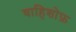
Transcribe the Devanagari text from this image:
वाहिशोफ़